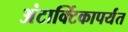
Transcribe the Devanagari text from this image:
अंटार्क्टिकापर्यंत